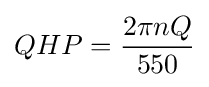
QHP={\frac {2\pi nQ}{550}}